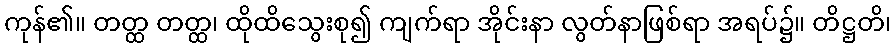
ကုန်၏။ တတ္ထ တတ္ထ၊ ထိုထိသွေးစု၍ ကျက်ရာ အိုင်းနာ လွတ်နာဖြစ်ရာ အရပ်၌။ တိဋ္ဌတိ၊